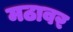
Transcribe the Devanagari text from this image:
मठावर